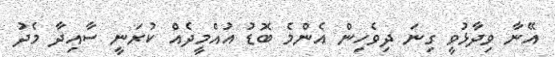
އޭނާ ވިދާޅުވީ ގިނަ ދިވެހިން އެންމެ ބޮޑު އުއްމީދެއް ކުރަނީ ސާއިދާ މެދު